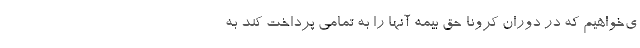
ی‌خواهیم که در دوران کرونا حق بیمه آنها را به تمامی پرداخت کند به